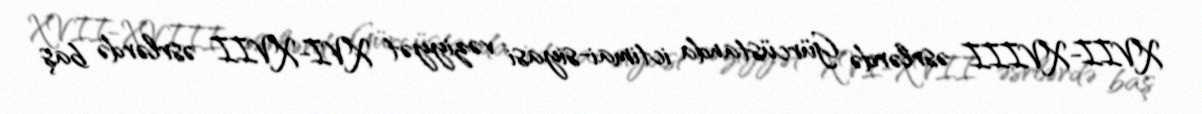
XVII-XVIII əsrlərdə Gürcüstanda ictimai-siyasi vəziyyət XVI-XVII əsrlərdə baş